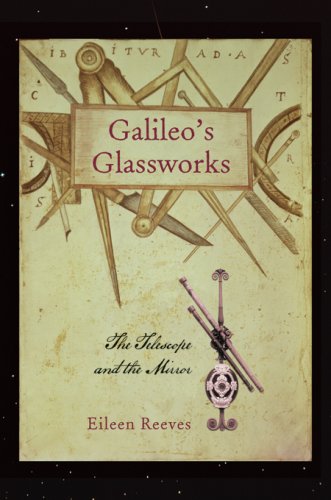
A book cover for Galileo's Glassworks: The Telescope and the Mirror; Eileen Reeves; Science & Math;